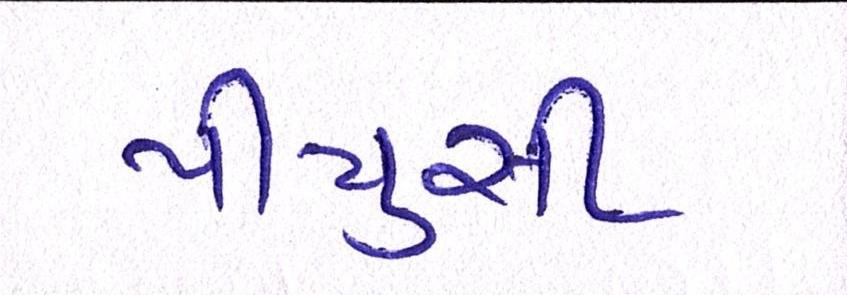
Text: પીયુસી